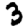
Digit: 3